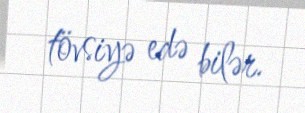
tövsiyə edə bilər.